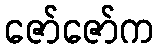
ဇော်ဇော်က